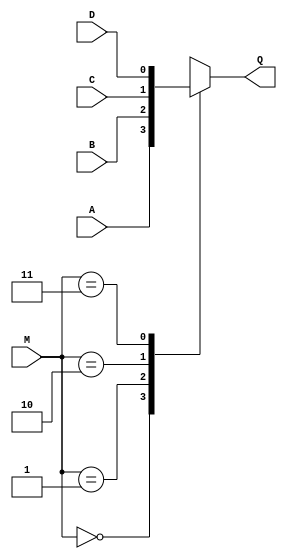
`timescale 1ns / 1ps
/*************************************************************************************
*	File Name: 
*	Project:		Shift Register
*	Designer:	Liam Gogley
*	Rev. Date: 	2016-02-06
*
*	Purpose:
*
*	Notes:
*************************************************************************************/
module mux_4to1(D, C, B, A, M, Q);

input A, B, C, D;
input [1:0] M;

output reg Q;

	always@(M or A or B or C or D)
	begin
		case(M)
			2'b00 : Q = A;
			2'b01 : Q = B;
			2'b10 : Q = C;
			2'b11 : Q = D;
			default : Q = 1'bx;
		endcase
	end
endmodule